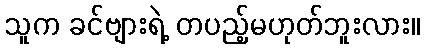
သူက ခင်ဗျားရဲ့ တပည့်မဟုတ်ဘူးလား။